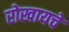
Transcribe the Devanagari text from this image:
रोखायचे